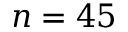
n = 4 5